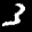
Label: 3